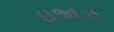
ઇજાઝ